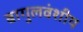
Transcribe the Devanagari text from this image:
बागुलवंशीय